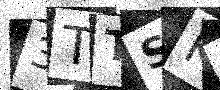
Text: 3TTSKB